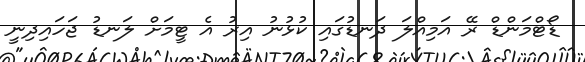
ޑޯޓްމަންޑް ރޭ އަމިއްލަ ދަނޑުގައި ކުޅުނު އިރު އެ ޓީމަށް ލަނޑު ޖަހައިދިނީ